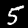
Label: 5